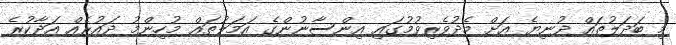
މި ބަދަލުތައް ދުނިޔެ އަށް މެދުވެރިވުމުގައި އިންސާނުންގެ އަމަލުތައް މުހިންމު ދައުރެއް އަދާކުރެ